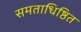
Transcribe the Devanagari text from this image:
समताधिष्ठित